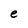
Character: e